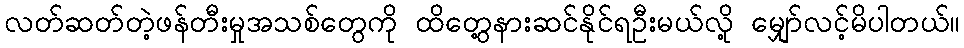
လတ်ဆတ်တဲ့ဖန်တီးမှုအသစ်တွေကို ထိတွေ့နားဆင်နိုင်ရဦးမယ်လို့ မျှော်လင့်မိပါတယ်။